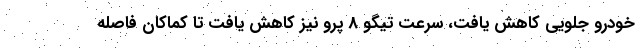
خودرو جلویی کاهش یافت، سرعت تیگو 8 پرو نیز کاهش یافت تا کماکان فاصله